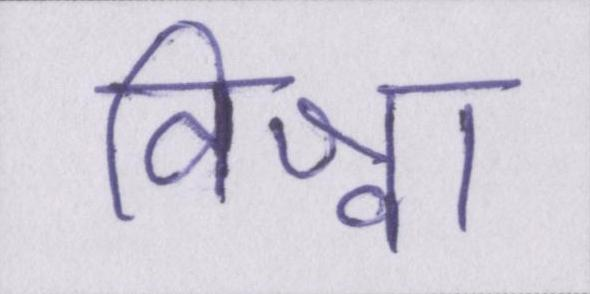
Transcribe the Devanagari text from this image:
विश्वा